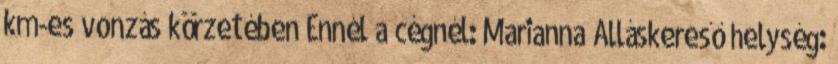
km-es vonzás körzetében Ennél a cégnél: Marianna Álláskereső helység: